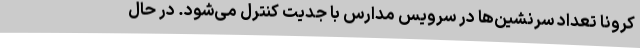
کرونا تعداد سرنشین‌ها در سرویس مدارس با جدیت کنترل‌ می‌شود. در حال